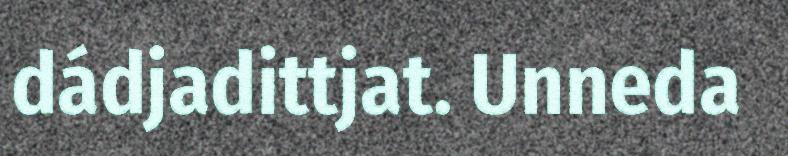
dádjadittjat. Unneda